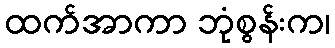
ထက်အာကာ ဘုံစွန်းက၊